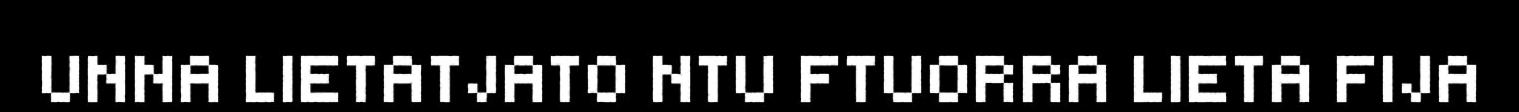
UNNA LIETATJATO NTU FTUORRA LIETA FIJA